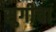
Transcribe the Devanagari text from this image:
सुगीचा